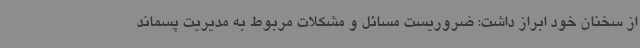
از سخنان خود ابراز داشت: ضروریست مسائل و مشکلات مربوط به مدیریت پسماند